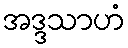
အဒ္ဒသာဟံ